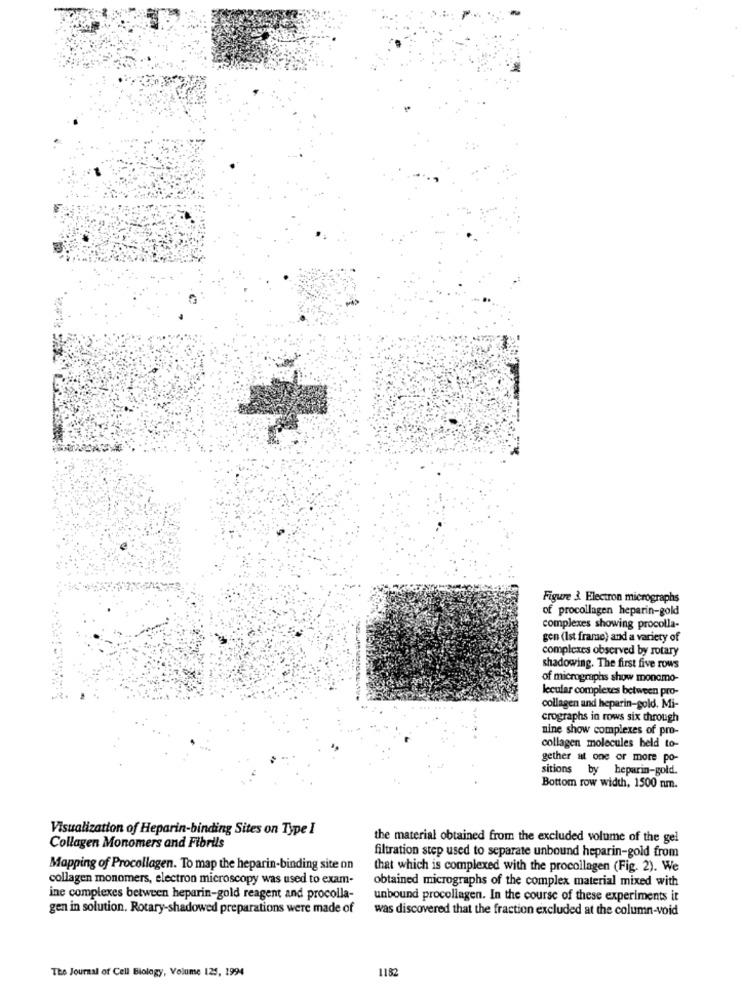
Figure 3. Electron micrographs
of procollagen heparin-gold
complexes showing procolla-
gen (Ist frame) and a variety of
complexes observed by rotary
shadowing. The first five rows
of micrographs show monomo-
lecular complexes between pro-
collagen and heparin-gold. Mi-
crographs in rows six through
nine show complexes of pro-
collagen molecules held to-
gether at one or more po-
sitions by heparin-gold.
Bottom row width, 1500 nm.
Visualization of Heparin-binding Sites on Type I
the material obtained from the excluded volume of the gel
Collagen Monomers and Fibrils
filtration step used to separate unbound heparin-gold from
Mapping of Procollagen. To map the heparin-binding site on
that which is complexed with the procollagen (Fig. 2). We
collagen monomers, electron microscopy was used to exam-
obtained micrographs of the complex material mixed with
ine complexes between heparin-gold reagent and procolla-
unbound procollagen. In the course of these experiments it
gen in solution. Rotary-shadowed preparations were made of
was discovered that the fraction excluded at the column-void
The Journal of Cell Biology, Volume 125, 1994
1182